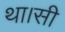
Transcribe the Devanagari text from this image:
था।सी